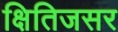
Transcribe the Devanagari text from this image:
क्षितिजसर